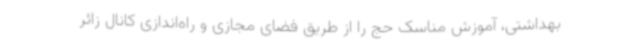
بهداشتی، آموزش مناسک حج را از طریق فضای مجازی و راه‌اندازی کانال زائر